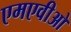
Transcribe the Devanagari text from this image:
एमएवीओ